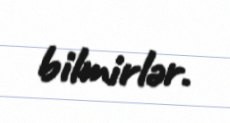
bilmirlər.